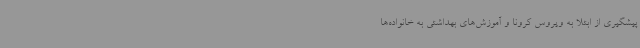
پیشگیری از ابتلا به ویروس کرونا و آموزش‌های بهداشتی به خانواده‌ها